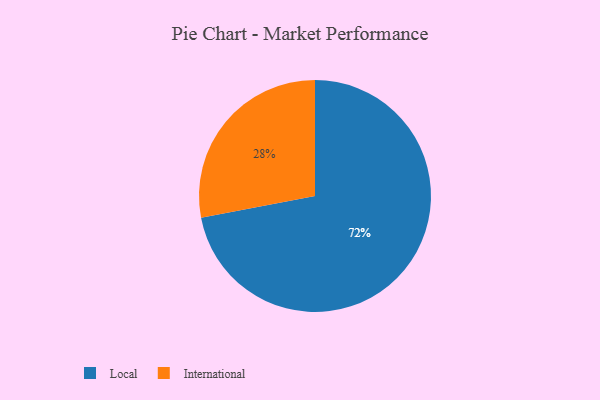
{"axis": {"x": "Category", "y": "Percentage"}, "legend": ["International", "Local"], "data": [{"x": "Local", "y": 72, "type": "Local"}, {"x": "International", "y": 28, "type": "International"}]}